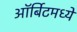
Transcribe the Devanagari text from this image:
ऑर्बिटमध्ये